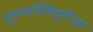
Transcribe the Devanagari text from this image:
यूएन्डब्लियुटीओ